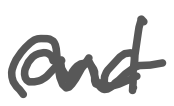
Text: and
Cross-out: wave
Writing tool: digital_gray